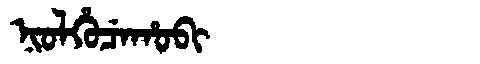
Manchu: ᠨᡳᠣᠯᡥᡠᠴᡝᡥᠣᠪᡳ
Romanization: NIOLHUCEHOBI